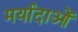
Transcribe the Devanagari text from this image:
मर्यादाआें